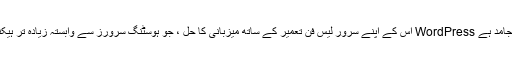
سختی سے فخر کے ساتھ دعویٰ کرتا ہے کہ یہ ایک سرور ਰਹਿست جامد ہے WordPress اس کے اپنے سرور لیس فن تعمیر کے ساتھ میزبانی کا حل ، جو ہوسٹنگ سرورز سے وابستہ زیادہ تر ہیکنگ کے خطرات اور کارکردگی کے خدشات کو خودبخود دور کرتا ہے۔